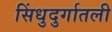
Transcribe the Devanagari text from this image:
सिंधुदुर्गातली